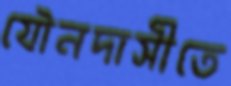
যৌনদাসীতে